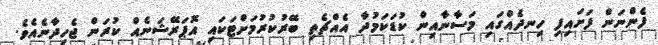
ފެންނަން ފަށައިފި ހިނދެއްގައި މަސާނާއިން ކުޑަކަމުދާ އެއްޗެތި ބޭރުކުރުމަށްޓަކައި އޮޕަރޭޝަނެއް ކުރަން ޖެހިދާނެއެވެ.